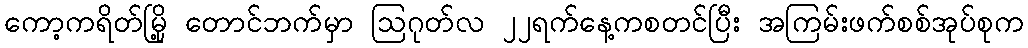
ကော့ကရိတ်မြို့ တောင်ဘက်မှာ ဩဂုတ်လ ၂၂ရက်နေ့ကစတင်ပြီး အကြမ်းဖက်စစ်အုပ်စုက